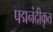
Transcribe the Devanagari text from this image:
पद्मनंदीकृत